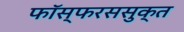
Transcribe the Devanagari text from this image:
फॉस्फरससुक्त